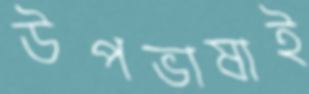
উপভাষাই